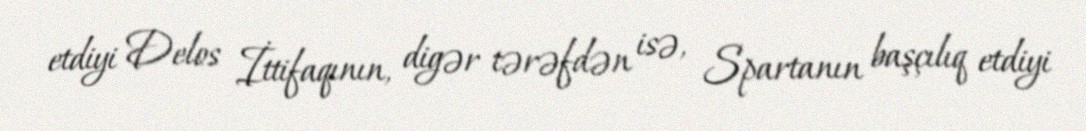
etdiyi Delos İttifaqının, digər tərəfdən isə, Spartanın başçılıq etdiyi